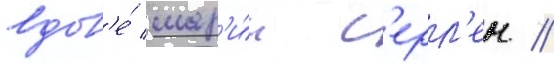
вдов'е́ мар'и́и с'ерл'ен //